Scottish Leaving Certificate Examination, 1958
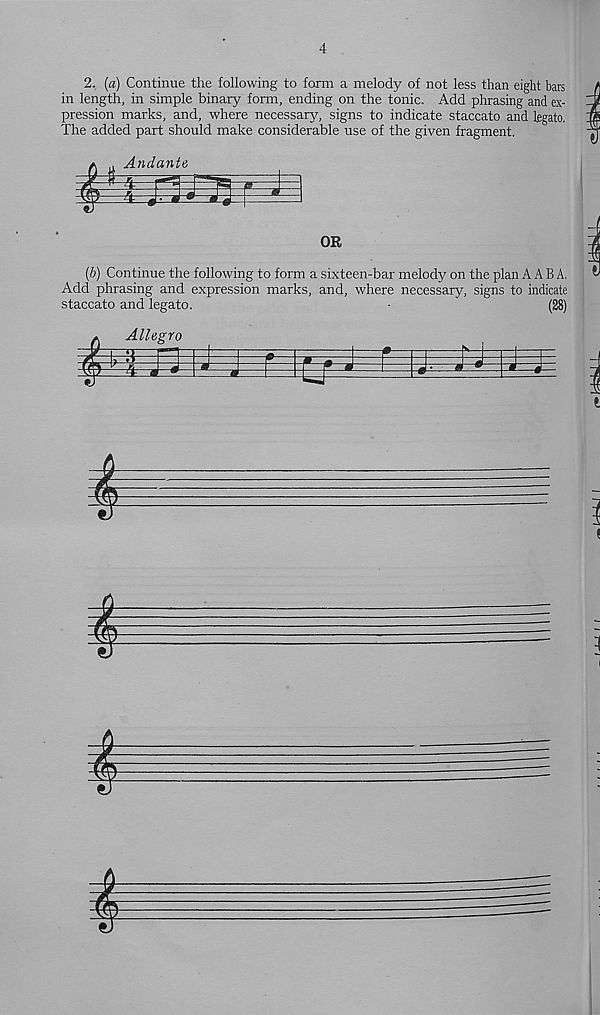
4
2, (a) Continue the following to form a melody of not less than eight bars
in length, in simple binary form, ending on the tonic. Add phrasing and ex-
pression marks, and, where necessary, signs to indicate staccato and legato.
The added part should make considerable use of the given fragment.
u Andante
OR
(b) Continue the following to form a sixteen-bar melody on the plan A A B A.
Add phrasing and expression marks, and, where necessary, signs to indicate
staccato and legato.
•
(28)
Allegro